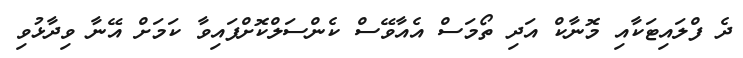
ދެ ފްލައިޓަކާއި މޮނާކް އަދި ތޯމަސް އެއާވޭސް ކެންސަލްކޮށްފައިވާ ކަމަށް އޭނާ ވިދާޅުވި